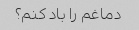
دماغم را باد کنم؟